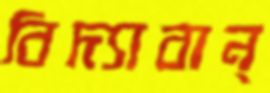
বিদ্যাবান্‌